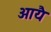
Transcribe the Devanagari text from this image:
आयै